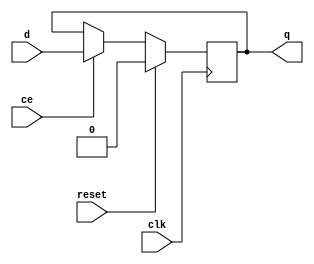
`timescale 1ns / 1ps

module fdce1(q,clk,ce,reset,d);

    input d,clk,ce,reset;
    output reg q;
    initial begin 
      q=0; 
    end
    always @ (negedge (clk)) begin
    if (reset)
      q <= 1'b0;
    else if (ce)
      q <= d;
    else 
    q<= q ;
end

endmodule